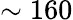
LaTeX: \sim 160